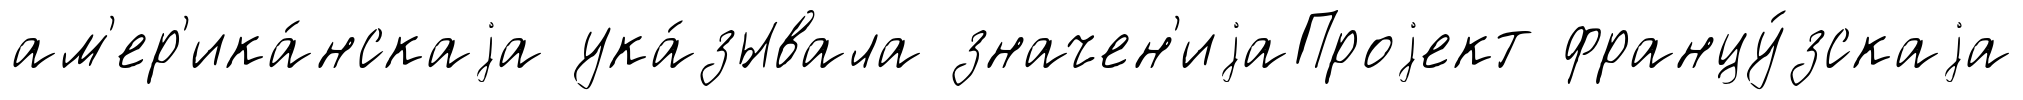
ам'ер'ика́нскаjа ука́зывала значен'иjаПроjект францу́зскаjа